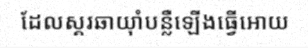
ដែលស្គរឆាយ៉ាំបន្លឺឡើងធ្វើអោយ